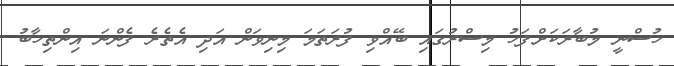
ހުސްނީ މުބާރަކަށްފަހު މިސްރުގައި ބޭއްވި ފުރަތަމަ މިނިވަން އަދި އެތެރެ ފެންނަ އިންތިޚާބު